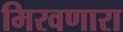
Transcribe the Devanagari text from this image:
मिरवणारा